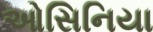
ઓસિનિયા